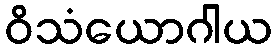
ဝိသံယောဂါယ